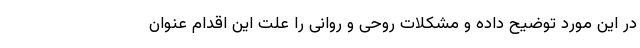
در این مورد توضیح داده و مشکلات روحی و روانی را علت این اقدام عنوان